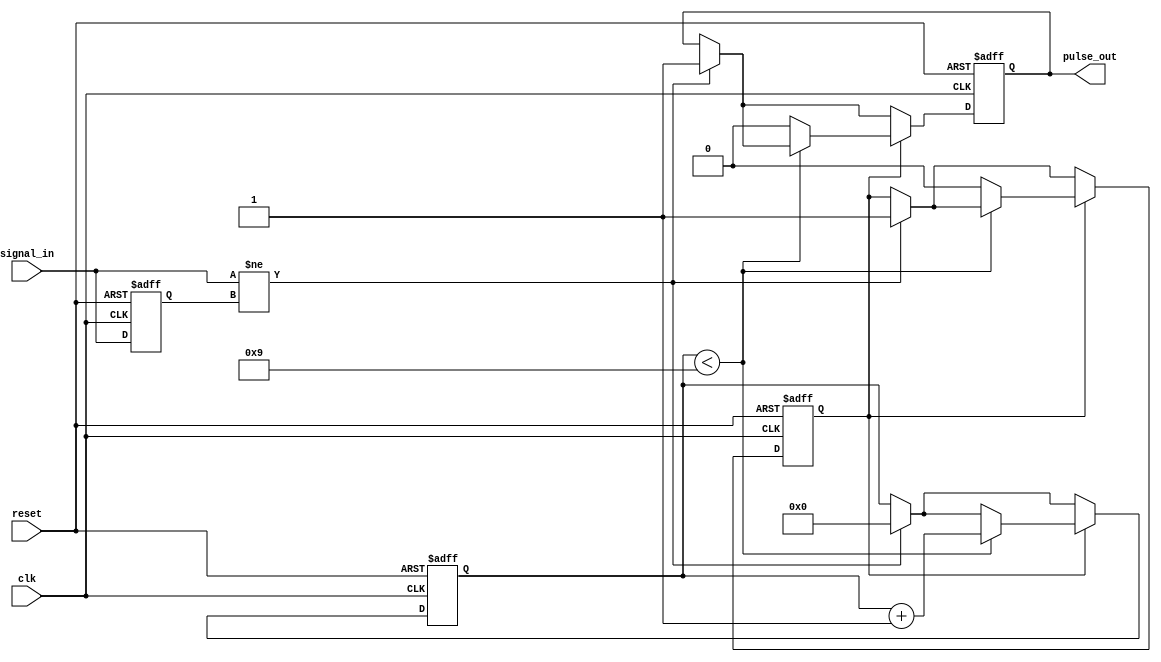
module edge_detector #(
    parameter PULSE_WIDTH = 10 // Pulse width in clock cycles (Adjust as needed)
)(
    input wire clk,             // System clock
    input wire reset,           // Asynchronous reset
    input wire signal_in,       // Input signal to detect edges
    output reg pulse_out        // Single pulse output
);

    reg signal_reg;                   // Register to store the previous state of signal_in
    reg [3:0] pulse_counter;          // Counter for pulse width (Adjust width as needed)
    reg pulse_active;                 // Flag to indicate if the output pulse is active

    // Edge detection
    always @(posedge clk or posedge reset) begin
        if (reset) begin
            signal_reg <= 1'b0;     // Initial state
            pulse_out <= 1'b0;      // Reset output pulse
            pulse_counter <= 0;      // Reset counter
            pulse_active <= 1'b0;    // Reset pulse active flag
        end else begin
            // Detect transition
            if (signal_in != signal_reg) begin
                // Edge detected, start pulse generation
                pulse_out <= 1'b1;    // Set pulse output high
                pulse_active <= 1'b1;  // Set flag indicating pulse is active
                pulse_counter <= 0;     // Reset pulse counter
            end

            // If pulse is active, increment the counter
            if (pulse_active) begin
                if (pulse_counter < PULSE_WIDTH - 1) begin
                    pulse_counter <= pulse_counter + 1; // Increment pulse width counter
                end else begin
                    pulse_active <= 1'b0;  // Pulse finished
                    pulse_out <= 1'b0;     // Set pulse output low
                end
            end

            // Update previous signal state
            signal_reg <= signal_in;   // Store current state for edge detection
        end
    end
endmodule